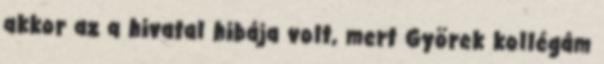
akkor az a hivatal hibája volt, mert Györek kollégám